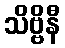
သိဗ္ဗိနီ